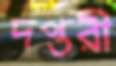
দপ্তরী